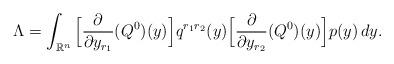
LaTeX: \begin{align*}\Lambda=\int_{\mathbb R^n}\Big[\frac{\partial}{\partial y_{r_1}}(Q^{0})(y)\Big]q^{r_1r_2}(y)\Big[\frac{\partial}{\partial y_{r_2}}(Q^{0})(y)\Big] p(y)\,dy.\end{align*}